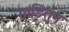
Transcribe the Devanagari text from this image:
गाडितुन